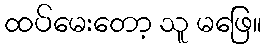
ထပ်မေးတော့ သူ မဖြေ။